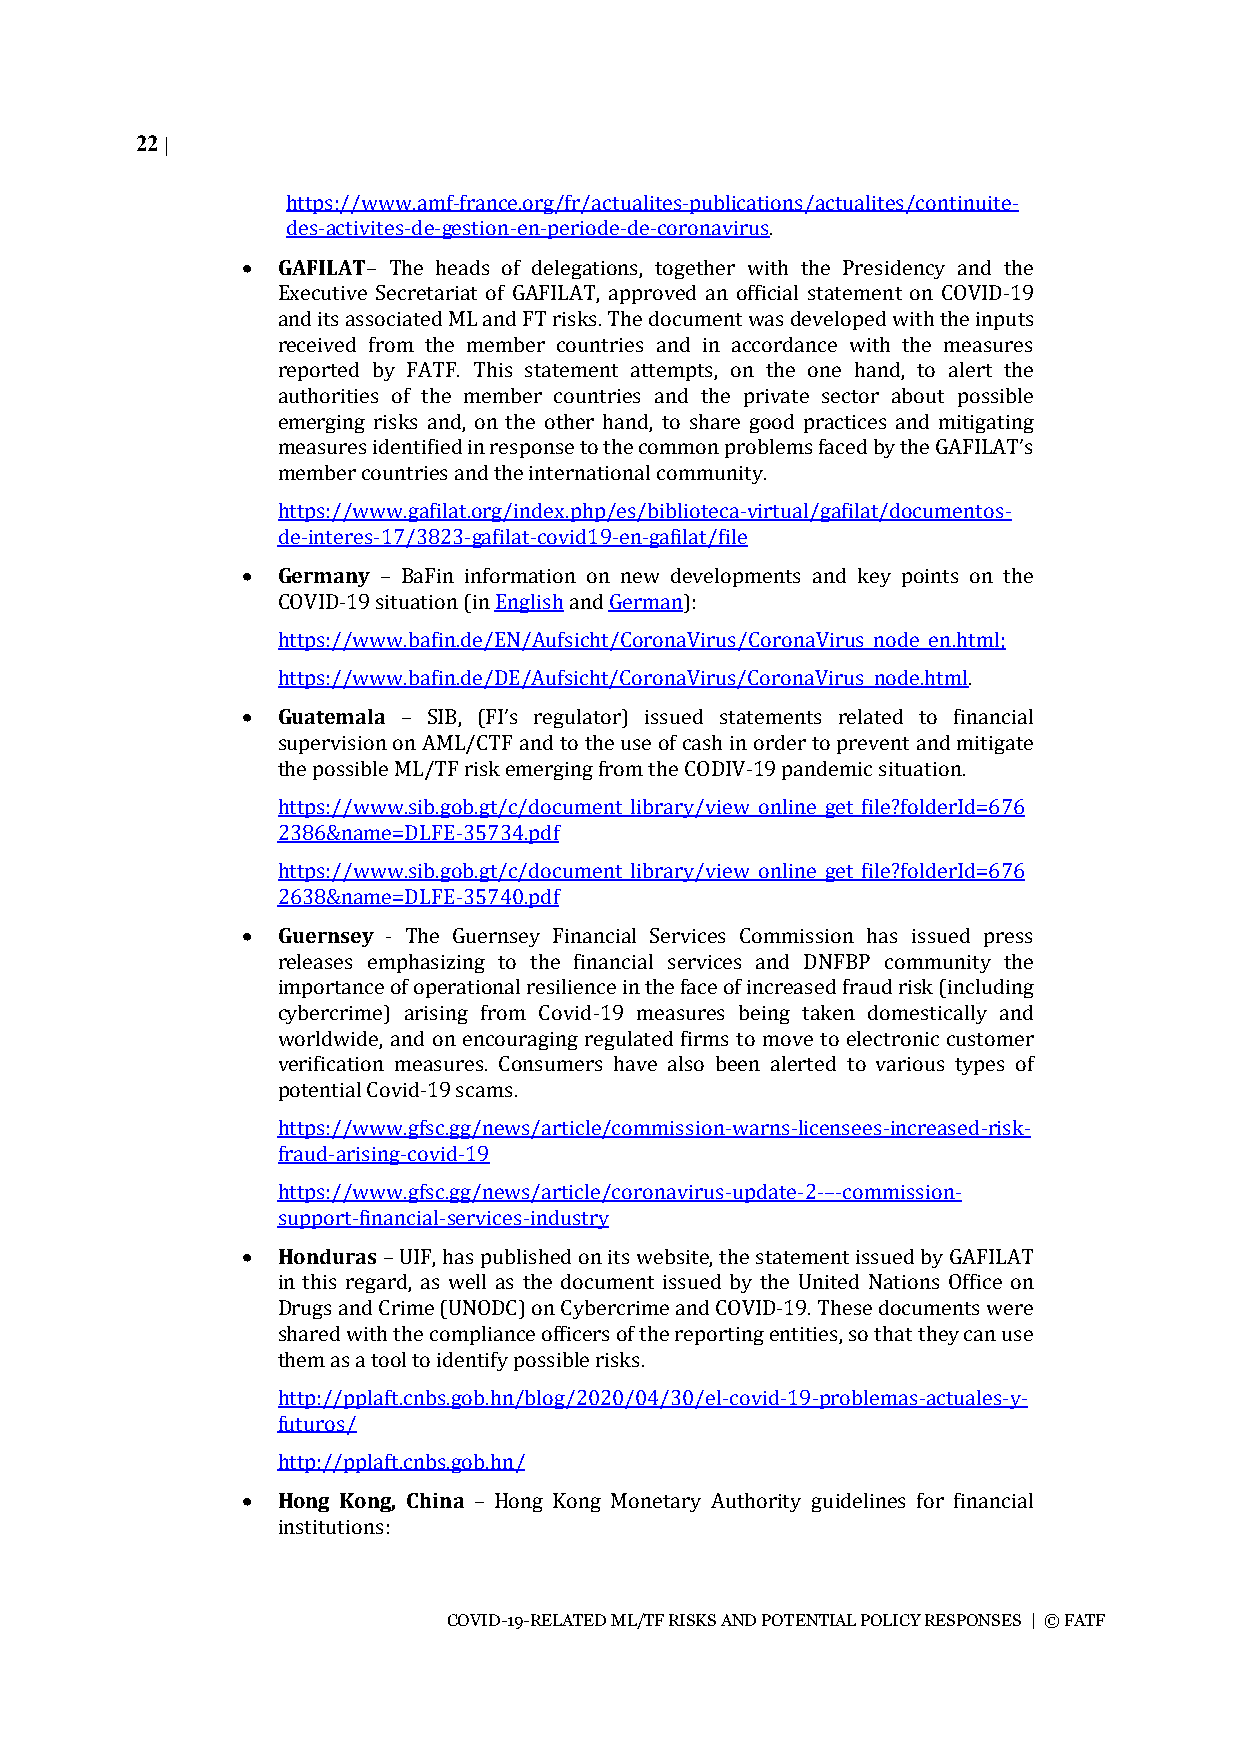
22 |
 https://www.amf-france.org/fr/actualites-publications/actualites/continuite-
 des-activites-de-gestion-en-periode-de-coronavirus.
 • GAFILAT– The heads of delegations, together with the Presidency and the
 Executive Secretariat of GAFILAT, approved an official statement on COVID-19
 and its associated ML and FT risks. The document was developed with the inputs
 received from the member countries and in accordance with the measures
 reported by FATF. This statement attempts, on the one hand, to alert the
 authorities of the member countries and the private sector about possible
 emerging risks and, on the other hand, to share good practices and mitigating
 measures identified in response to the common problems faced by the GAFILAT’s
 member countries and the international community.
 https://www.gafilat.org/index.php/es/biblioteca-virtual/gafilat/documentos-
 de-interes-17/3823-gafilat-covid19-en-gafilat/file
 • Germany – BaFin information on new developments and key points on the
 COVID-19 situation (in English and German):
 https://www.bafin.de/EN/Aufsicht/CoronaVirus/CoronaVirus_node_en.html;
 https://www.bafin.de/DE/Aufsicht/CoronaVirus/CoronaVirus_node.html.
 • Guatemala – SIB, (FI’s regulator) issued statements related to financial
 supervision on AML/CTF and to the use of cash in order to prevent and mitigate
 the possible ML/TF risk emerging from the CODIV-19 pandemic situation.
 https://www.sib.gob.gt/c/document_library/view_online_get_file?folderId=676
 2386&name=DLFE-35734.pdf
 https://www.sib.gob.gt/c/document_library/view_online_get_file?folderId=676
 2638&name=DLFE-35740.pdf
 • Guernsey - The Guernsey Financial Services Commission has issued press
 releases emphasizing to the financial services and DNFBP community the
 importance of operational resilience in the face of increased fraud risk (including
 cybercrime) arising from Covid-19 measures being taken domestically and
 worldwide, and on encouraging regulated firms to move to electronic customer
 verification measures. Consumers have also been alerted to various types of
 potential Covid-19 scams.
 https://www.gfsc.gg/news/article/commission-warns-licensees-increased-risk-
 fraud-arising-covid-19
 https://www.gfsc.gg/news/article/coronavirus-update-2-–-commission-
 support-financial-services-industry
 • Honduras – UIF, has published on its website, the statement issued by GAFILAT
 in this regard, as well as the document issued by the United Nations Office on
 Drugs and Crime (UNODC) on Cybercrime and COVID-19. These documents were
 shared with the compliance officers of the reporting entities, so that they can use
 them as a tool to identify possible risks.
 http://pplaft.cnbs.gob.hn/blog/2020/04/30/el-covid-19-problemas-actuales-y-
 futuros/
 http://pplaft.cnbs.gob.hn/
 • Hong Kong, China – Hong Kong Monetary Authority guidelines for financial
 institutions:
 COVID-19-RELATED ML/TF RISKS AND POTENTIAL POLICY RESPONSES | © FATF